Bréfritari: Stefanía Siggeirsdóttir
Viðtakandi: Páll Pálsson
Dagsetning: A-1866-05-30
Skrifað á: Hraungerði  Árn.
Stefanía var bróðurdóttir Páls Pálssonar

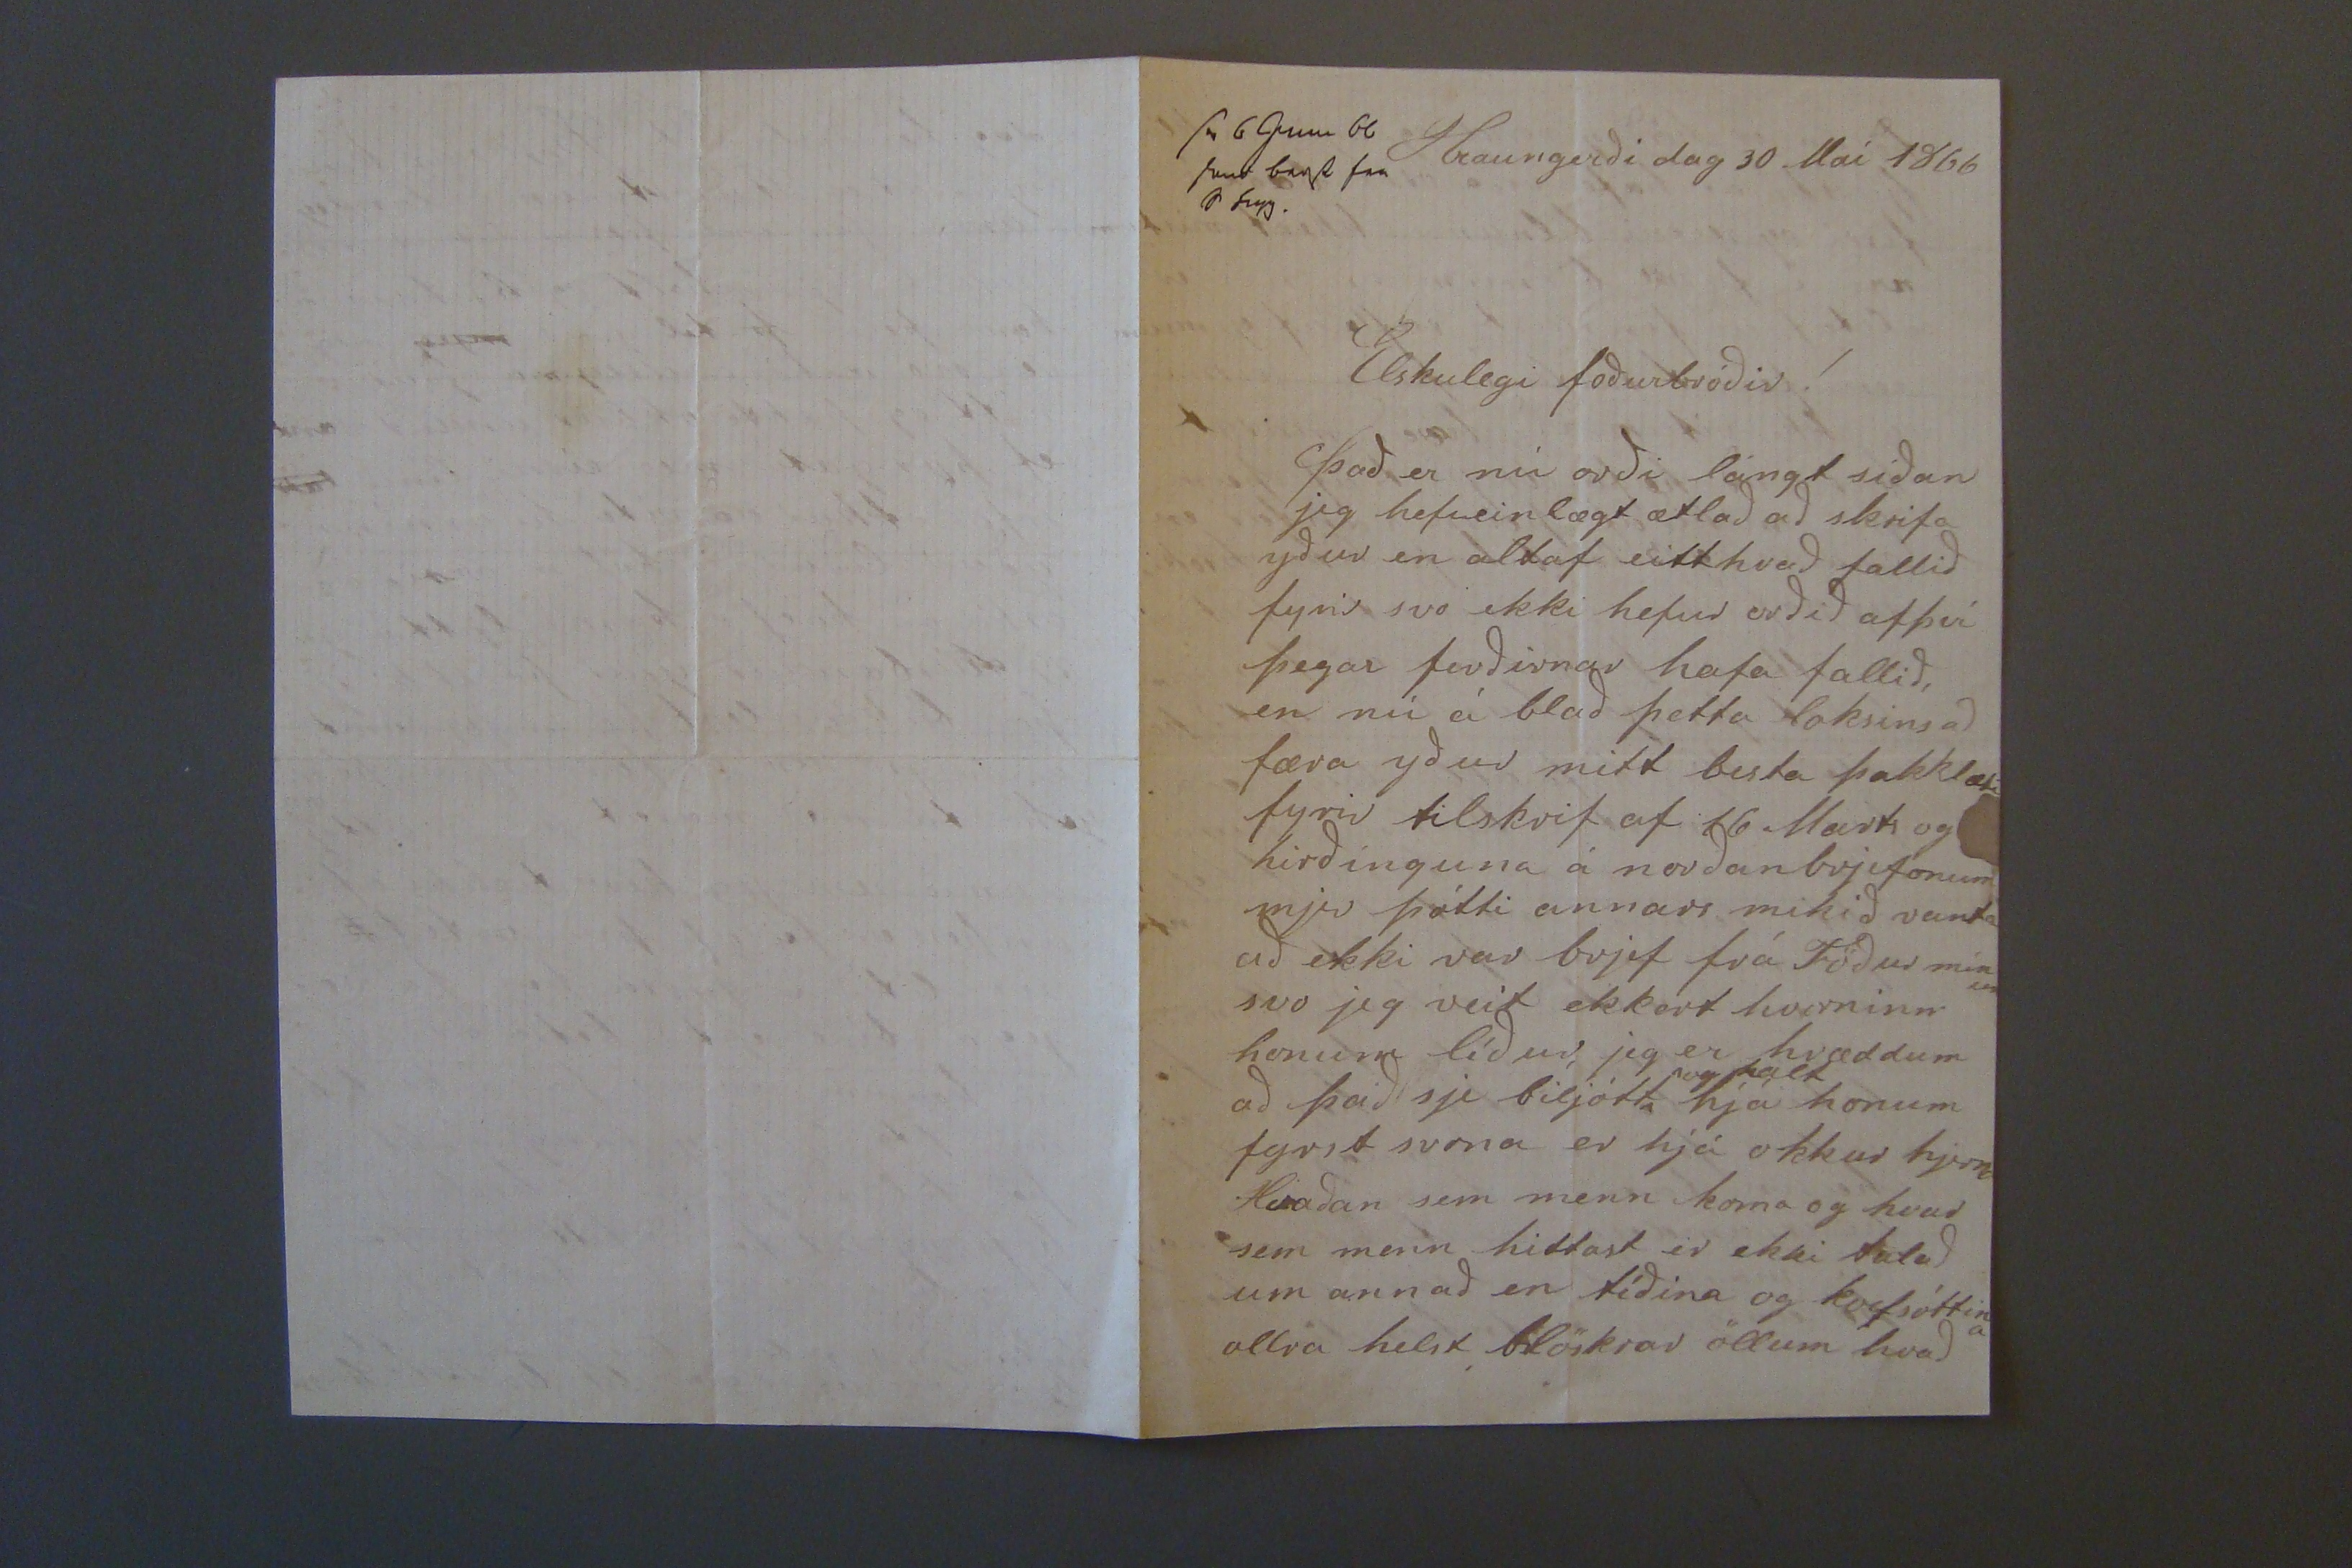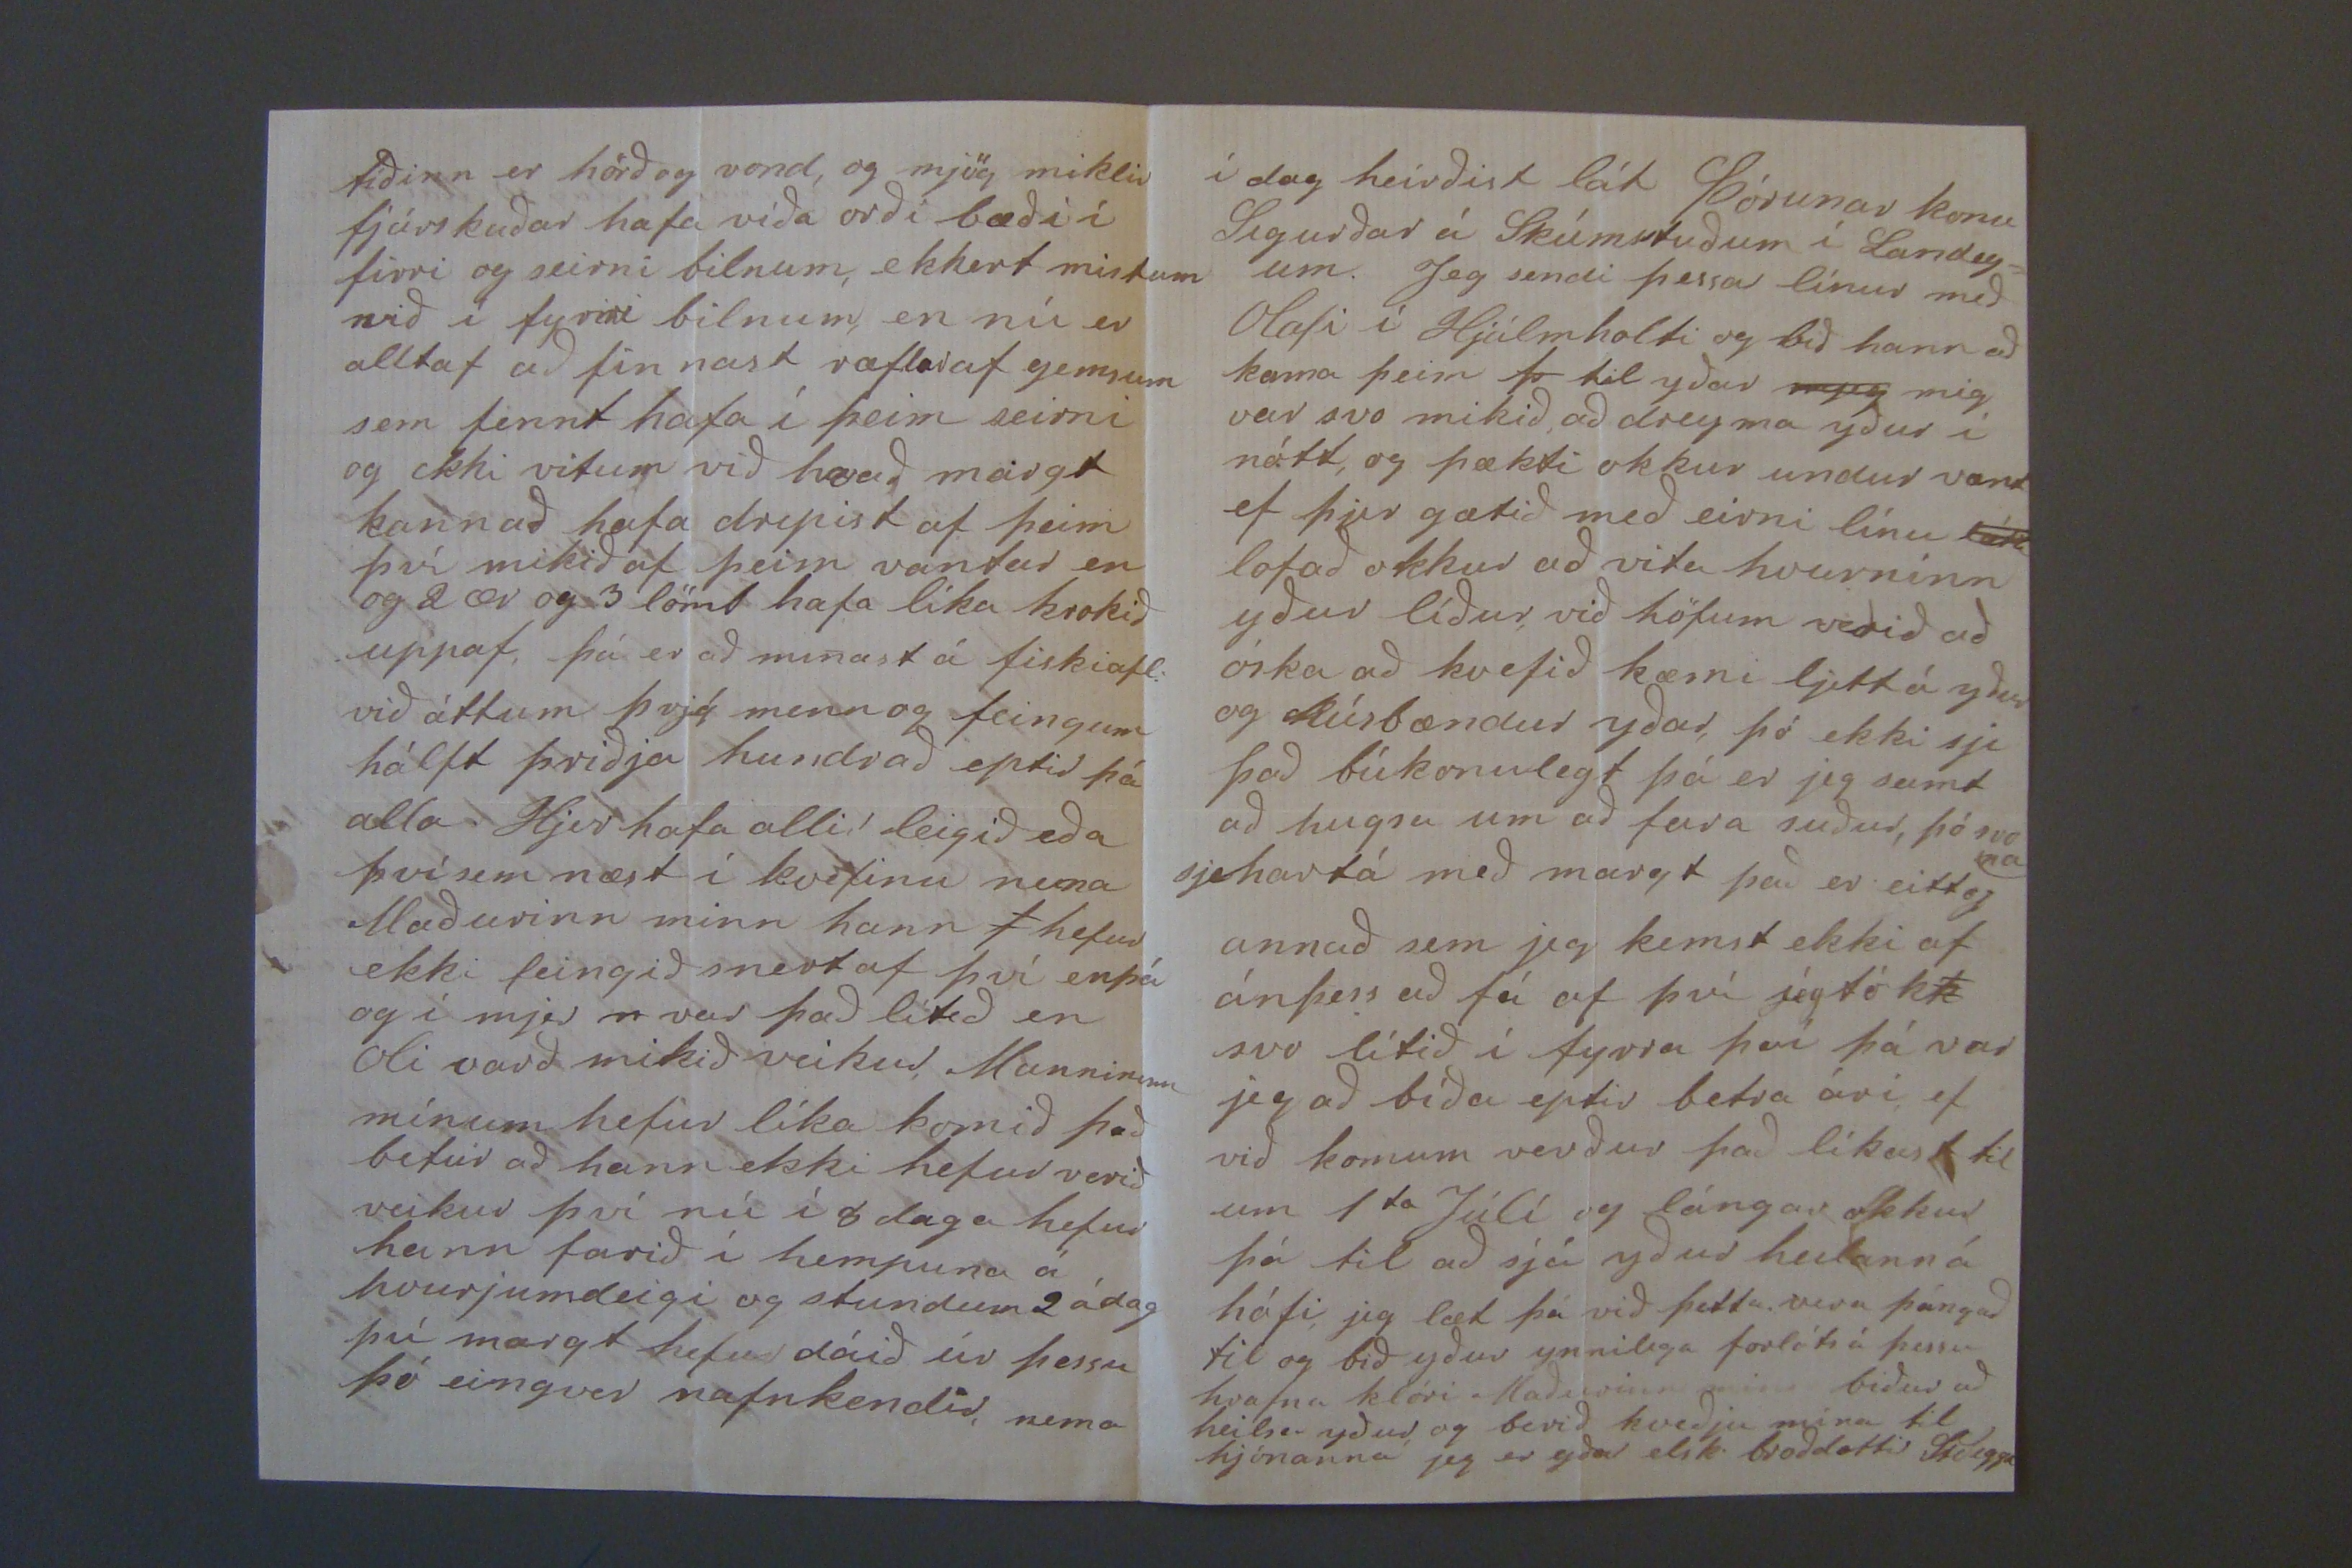

sv 6 Juni 66 send bref fra
10 00yg.
Hraungerði dag 30 Maí 1866
Elskulegi foðurbróðir!
það er nú orði lángt síðan jeg hefi einlægt ætlað að skrifa yður en altaf eitthvað fallið fyrir svo ekki hefur orðið af því þegar ferðirnar hafa fallið, en nú á blað þetta loksins að færa yður mitt besta þakklæti fyrir tilskrif af 16 Marts og hirðínguna á norðan brjefonum mjer þótti annars mikið vanta að ekki var brjef frá Föður mínum svo jeg veit ekkert hverninn honum líður, jeg er hræddum að það sje biljótt
og kalt
hjá honum fyrst svona er hjá okkur hjerna Hvaðan sem menn koma og hvar sem menn hittast er ekki talað um annað en tíðina og kvefsóttina allra helst blöskrar öllum hvað
tíðinn er hörð og vond, og mjög miklir fjárskuðar hafa víða orði bæði í firri og seirni bilnum, ekkert mistum við í fyrri bilnum, en nú er alltaf ad finnast ræflar af
y0msum
sem fennt hafa í þeim seirni og ekki vitum við hvað margt kann að hafa drepist af þeim því mikið af þeim vantar en og 2 ær og 3 lömb hafa líka hrokið uppaf, þá er að minast á fiskiafl: við áttum þrjá menn og feingum hálft þriðja hundrað eptir þá alla Hjer hafa allir leigið eða því sem næst í kvefinu nema Maðurinn minn hann
s
hefur ekki feingið snert af því enþá og í mjer
n
var það lítið en Oli varð mikið veikukr Manninum mínum hefur líka komið það betur að hann ekki hefur verið veikur því nú í 8 daga hefur hann farið í hempuna á hvurjumdeigi og stundum 2 á dag því margt hefur dáið úr þessu þó eingvir nafnkendir, nema
í dag heirðist lát Þórunar konu Sigurðar á Skúmstuðum í Landey= um. Jeg sendi þessar línur með Olafi í Hjálmholti og bið hann að koma þeim
þ
til yðar
mjey
mig var svo mikið, að dreyma yður í nótt, og þækti okkur undur vænt ef hjer gætið með eirni línu
lát0
lofað okkur að vita hvurninn yður líður við höfum verið að óska að kvefið kæmi ljett á yður og húsbændur yðar, þó ekki sje það búkonulegt þá er jeg samt að hugsa um að fara suður, þó svo na sje hartá með margt það er eittog annað sem jeg kemst ekki af án þess að fá af því jeg tók
k
svo lítið í fyrra því þá var jeg að bíða eptir betra ári ef við komum verður það líkast til um 1
ta
Júlí og lángar okkur á til að sjá yður heilann á húfi jeg læt þá við þetta, vera þángað til og bið yður ynnilega forláts á þessu hvafna klóri Maðurinn minn biður að heilsa yður og berið kveðju mína til hjónanna jeg er yðar elsk broðdottir
StSigge